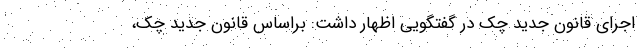
اجرای قانون جدید چک در گفتگویی اظهار داشت: براساس قانون جدید چک،